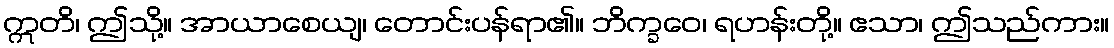
ဣတိ၊ ဤသို့။ အာယာစေယျ၊ တောင်းပန်ရာ၏။ ဘိက္ခဝေ၊ ရဟန်းတို့။ ဧသာ၊ ဤသည်ကား။